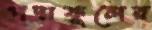
পদ্মফুলের